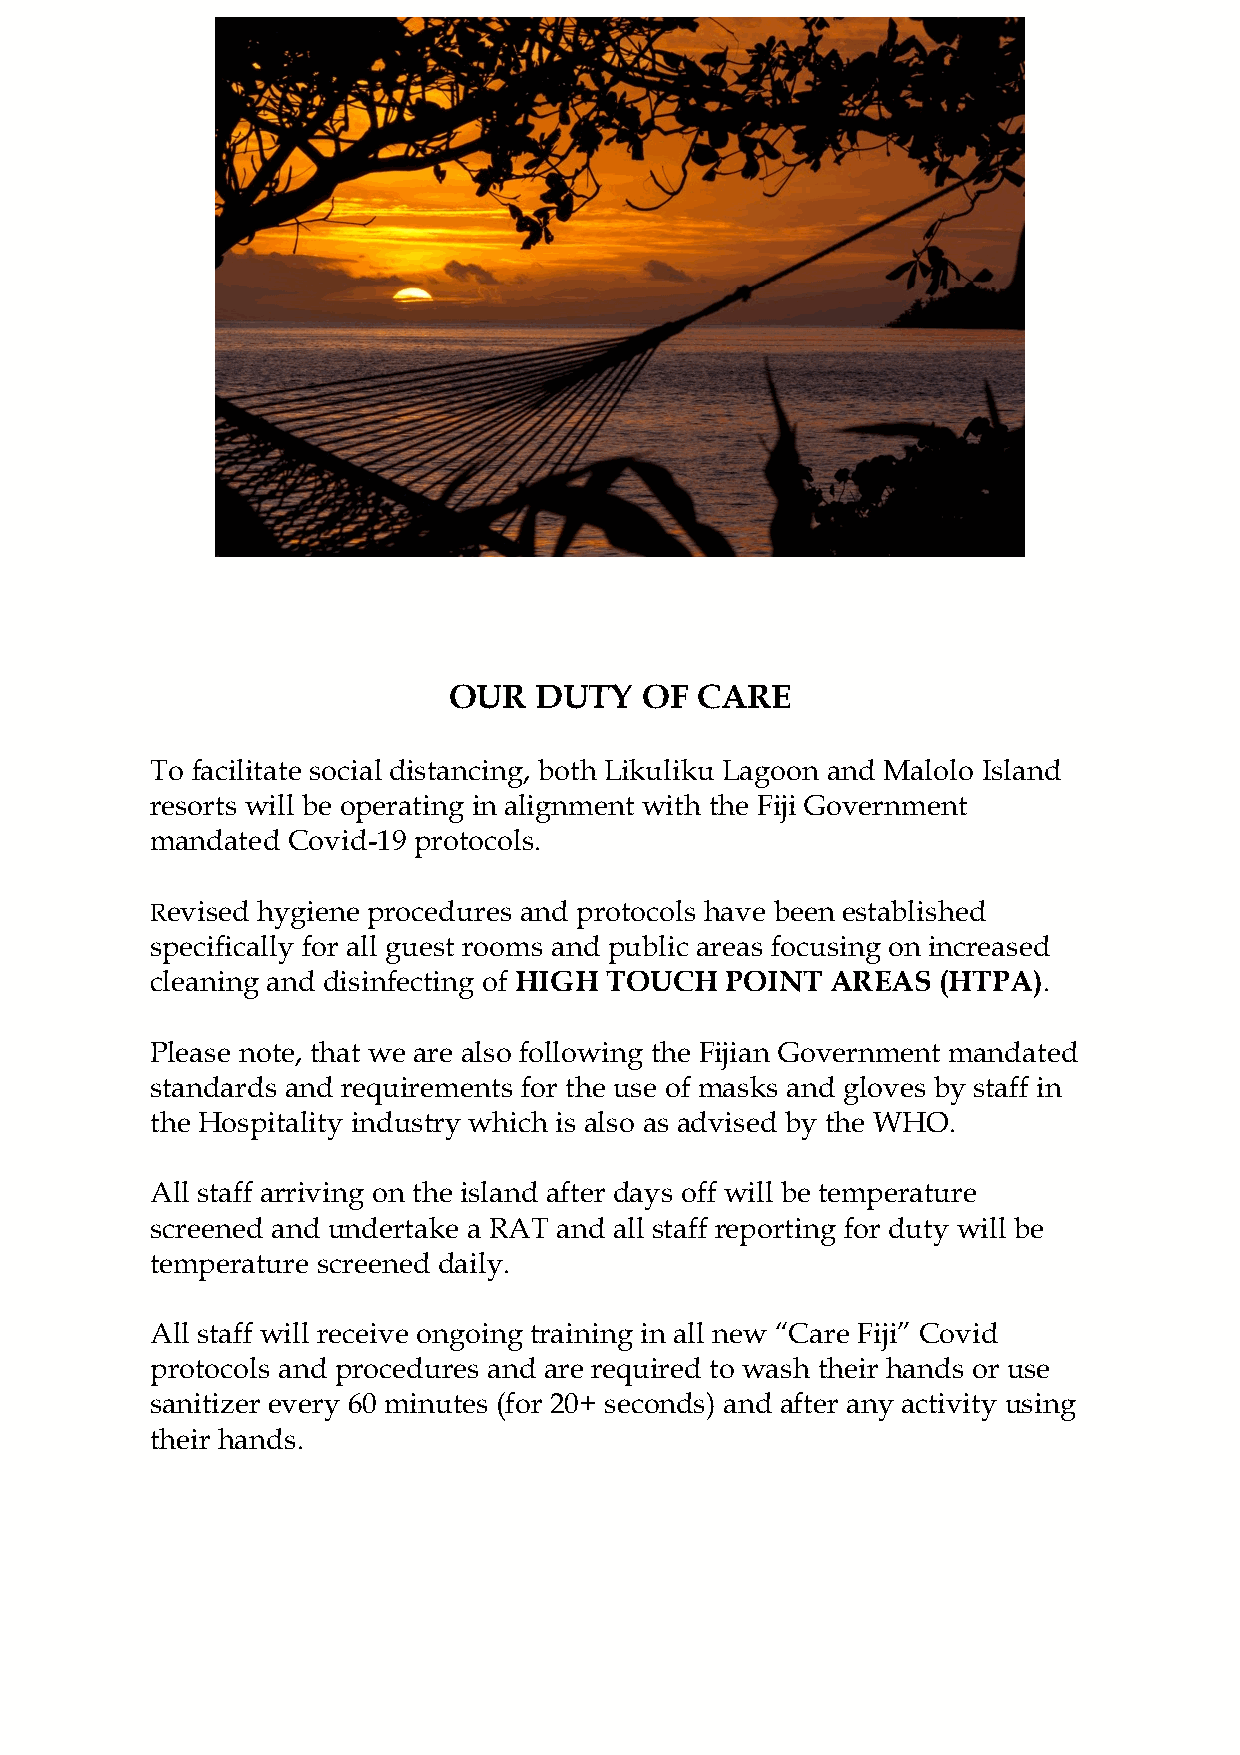
OUR  DUTY    OF CARE
 To facilitate social distancing, both Likuliku Lagoon and Malolo Island
 resorts will be operating in alignment with the Fiji Government
 mandated Covid-19 protocols.
 Revised hygiene procedures and protocols have been established
 specifically for all guest rooms and public areas focusing on increased
 cleaning and disinfecting of HIGH TOUCH POINT AREAS (HTPA).
 Please note, that we are also following the Fijian Government mandated
 standards and requirements for the use of masks and gloves by staff in
 the Hospitality industry which is also as advised by the WHO.
 All staff arriving on the island after days off will be temperature
 screened and undertake a RAT and all staff reporting for duty will be
 temperature screened daily.
 All staff will receive ongoing training in all new “Care Fiji” Covid
 protocols and procedures and are required to wash their hands or use
 sanitizer every 60 minutes (for 20+ seconds) and after any activity using
 their hands.